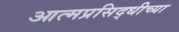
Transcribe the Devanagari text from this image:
आत्मप्रसिद्धीच्या